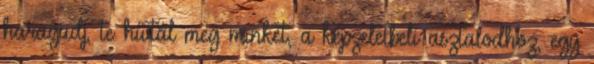
haragudj, te hívtál meg minket, a képzeletbeli asztalodhoz, egy